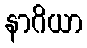
နာဂိယာ